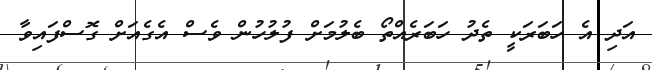
އަދި އެ ހަބަރަކީ ތެދު ހަބަރެއްތޯ ބެލުމަށް ފުލުހުން ވެސް އެގެއަށް ގޮސްފައިވާ